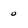
Character: 0